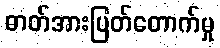
ဓာတ်အားပြတ်တောက်မှု